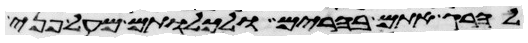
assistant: להרג אתם בהרים ולכלותם מעל פני